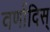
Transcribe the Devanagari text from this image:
वर्णादिस्‌